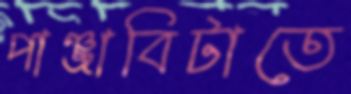
পাঞ্জাবিটাতে